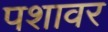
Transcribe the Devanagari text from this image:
पशावर